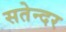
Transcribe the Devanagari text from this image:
सतेन्दर